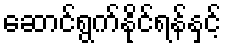
ဆောင်ရွက်နိုင်ရန်နှင့်